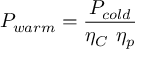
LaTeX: P _ { w a r m } = { \frac { P _ { c o l d } } { \eta _ { C } \ \eta _ { p } } }